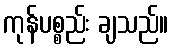
ကုန်ပစ္စည်း ချသည်။